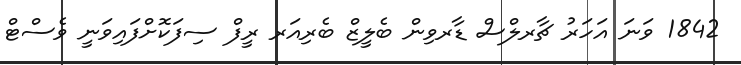
1842 ވަނަ އަހަރު ޗާރލްސް ޑާރވިން ބެލީޒް ބެރިއަރ ރީފް ސިފަކޮށްފައިވަނީ ވެސްޓް